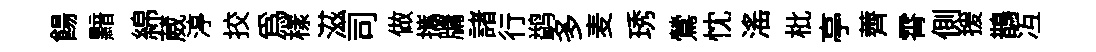
餳黯綿葳渟挍爲樣滋司做攜牗諸行鹢多麦琇鶯忱滛枇亭薺霄側援鵲冱